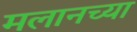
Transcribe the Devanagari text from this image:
मलानच्या